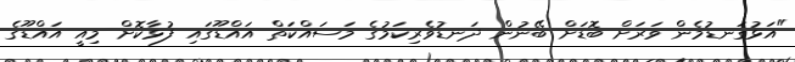
"އަޅުގަނޑުމެން ވަރަށް ބޮޑަށް ބޭނުން ދަނޑުވެރިކަމުގެ މަސައްކަތް އައްޑޫގައި ފުޅާކޮށް މިއީ އައްޑޫގެ